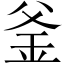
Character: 釜